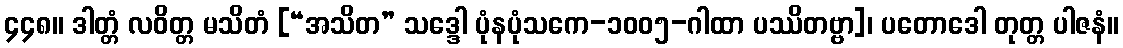
၄၄၈။ ဒါတ္တံ လဝိတ္တ မသိတံ [“အသိတ” သဒ္ဒေါ ပုံနပုံသကေ-၁၀၀၅-ဂါထာ ပဿိတဗ္ဗာ]၊ ပတောဒေါ တုတ္တ ပါဇနံ။